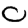
Digit: 0